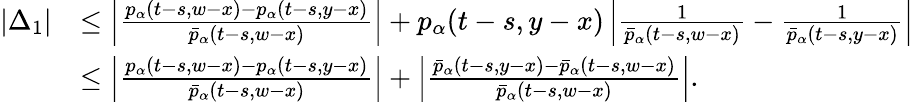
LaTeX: \begin{array}{rl}{|\Delta_{1}|}&{\leq\left|\frac{p_{\alpha}(t-s,w-x)-p_{\alpha}(t-s,y-x)}{\bar{p}_{\alpha}(t-s,w-x)}\right|+p_{\alpha}(t-s,y-x)\left|\frac{1}{\bar{p}_{\alpha}(t-s,w-x)}-\frac{1}{\bar{p}_{\alpha}(t-s,y-x)}\right|}\\ &{\leq\left|\frac{p_{\alpha}(t-s,w-x)-p_{\alpha}(t-s,y-x)}{\bar{p}_{\alpha}(t-s,w-x)}\right|+\left|\frac{\bar{p}_{\alpha}(t-s,y-x)-\bar{p}_{\alpha}(t-s,w-x)}{\bar{p}_{\alpha}(t-s,w-x)}\right|.}\end{array}